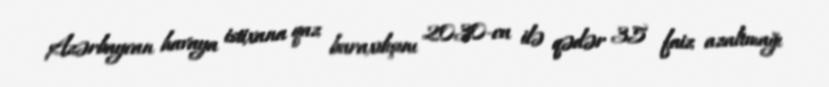
Azərbaycan havaya istixana qaz buraxılışını 2030-cu ilə qədər 35 faiz azaltmağı